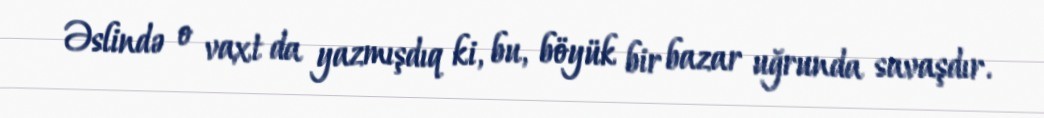
Əslində o vaxt da yazmışdıq ki, bu, böyük bir bazar uğrunda savaşdır.